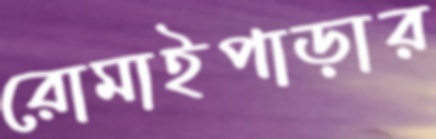
রোমাইপাড়ার